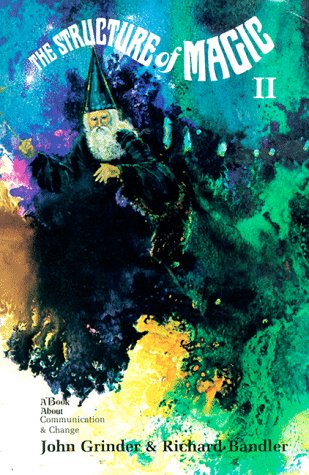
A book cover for The Structure of Magic II: A Book About Communication and Change; John Grinder; Humor & Entertainment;